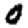
Digit: 0